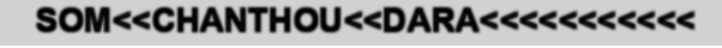
SOM<<CHANTHOU<<DARA<<<<<<<<<<<